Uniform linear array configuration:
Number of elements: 12
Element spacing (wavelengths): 0.5
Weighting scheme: binomial
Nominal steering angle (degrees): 15
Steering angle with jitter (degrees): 15.704
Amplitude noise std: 0.05
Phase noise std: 0.05

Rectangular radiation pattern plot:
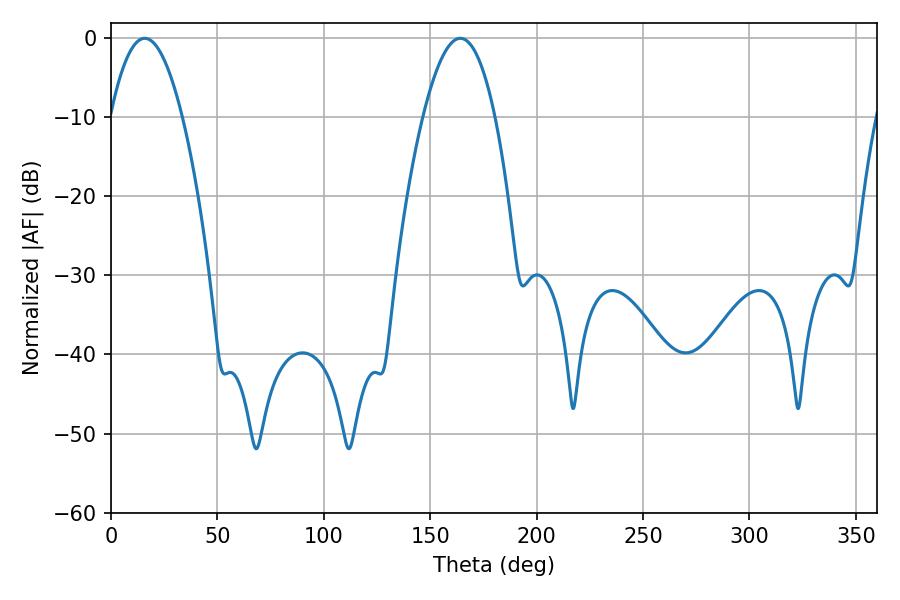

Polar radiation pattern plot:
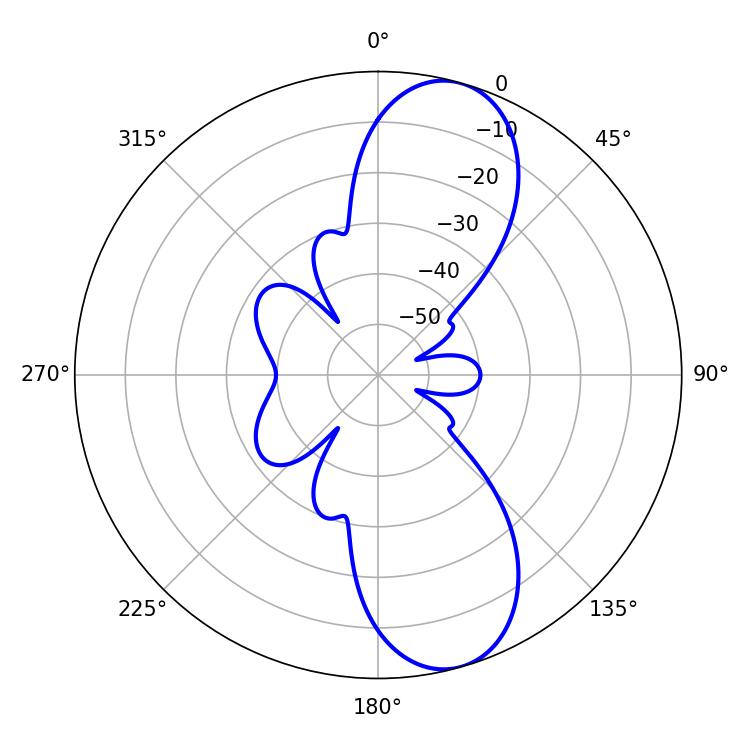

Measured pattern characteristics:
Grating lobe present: FALSE
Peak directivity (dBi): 10.166
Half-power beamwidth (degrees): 18.54
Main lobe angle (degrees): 15.84